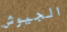
الجيوش